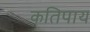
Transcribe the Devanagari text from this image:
कतिपाय